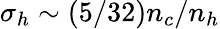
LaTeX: \sigma_{h}\sim(5/32)n_{c}/n_{h}